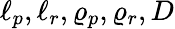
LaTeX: \ell_{p},\ell_{r},\varrho_{p},\varrho_{r},D